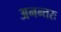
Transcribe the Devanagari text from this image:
अनन्तरः